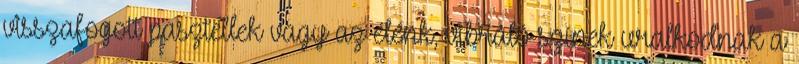
visszafogott pasztellek vagy az élénk, vibráló színek uralkodnak a